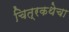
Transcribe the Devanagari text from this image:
चित्रकथेचा